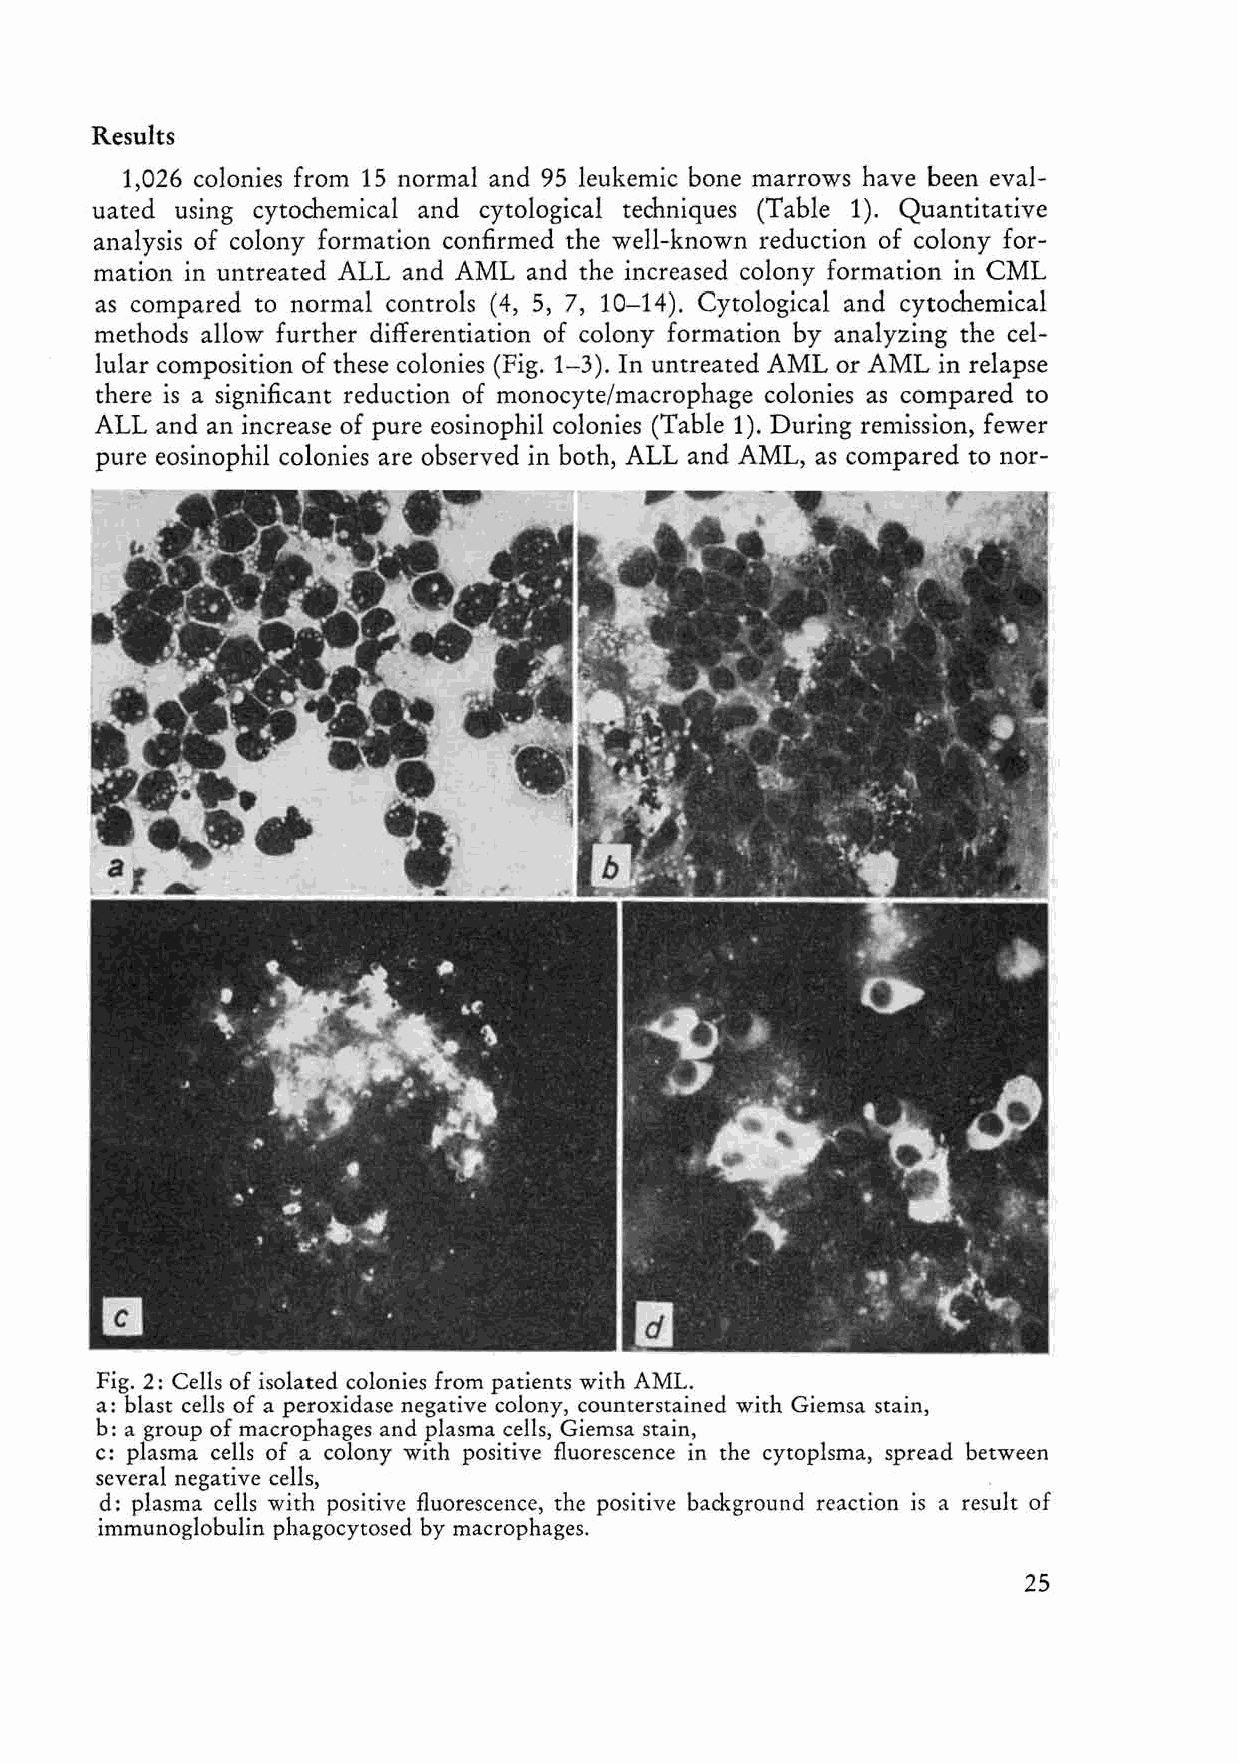
Results
 1,026 colonies from 15 normal and 95 leukemic bone marrows have been eval
 uated using cytochemical and cytological techniques (Table 1). Quantitative
 analysis of colony formation confirmed the well-known reduction of colony for
 mation in untreated ALL and AML and the increased colony formation in CML
 as compared to normal controls (4, 5, 7, 10-14). Cytological and cytochemical
 methods allow further differentiation of colony formation by analyzing the cel
 lular composition of these colonies (Fig. 1-3). In untreated AML or AML in relapse
 there is a significant reduction of monocyte/macrophage colonies as compared to
 ALL and an increase of pure eosinophil colonies (Table 1). During remission, fewer
 pure eosinophil colonies are observed in both, ALL and AML, as compared to nor-
 Fig. 2: Cells of isolated colonies from patients with AML.
 a: blast cells of a peroxidase negative colony, counterstained with Giemsa stain,
 b: a group of macrophages and plasma cells, Giemsa stain,
 c: plasma cells of a colony with positive fluorescence in the cytoplsma, spread between
 several negative cells,
 d: plasma ceHs with positive fluorescence, the positive background re action is a result of
 immunoglobulin phagocytosed by macrophages.
 25